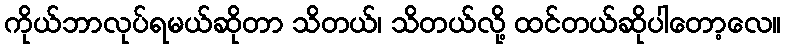
ကိုယ်ဘာလုပ်ရမယ်ဆိုတာ သိတယ်၊ သိတယ်လို့ ထင်တယ်ဆိုပါတော့လေ။